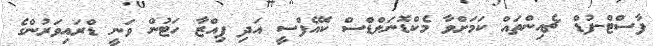
ފާސްޓް-ފުޑް ޗެއިންތައް ކަމަށްވާ މެކްޑޮނަލްޑްސް ކޭއެފްސީ އަދި ޕިއްޒާ ހަޓުން ވަނީ ޑްރައިވަރުންގެ